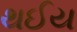
થઈય